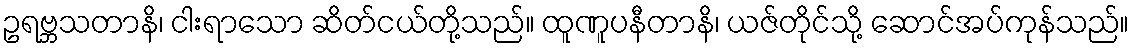
ဥရဗ္ဘသတာနိ၊ ငါးရာသော ဆိတ်ငယ်တို့သည်။ ထူဏူပနီတာနိ၊ ယဇ်တိုင်သို့ ဆောင်အပ်ကုန်သည်။